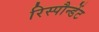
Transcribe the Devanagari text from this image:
रिस्पौन्डेंट